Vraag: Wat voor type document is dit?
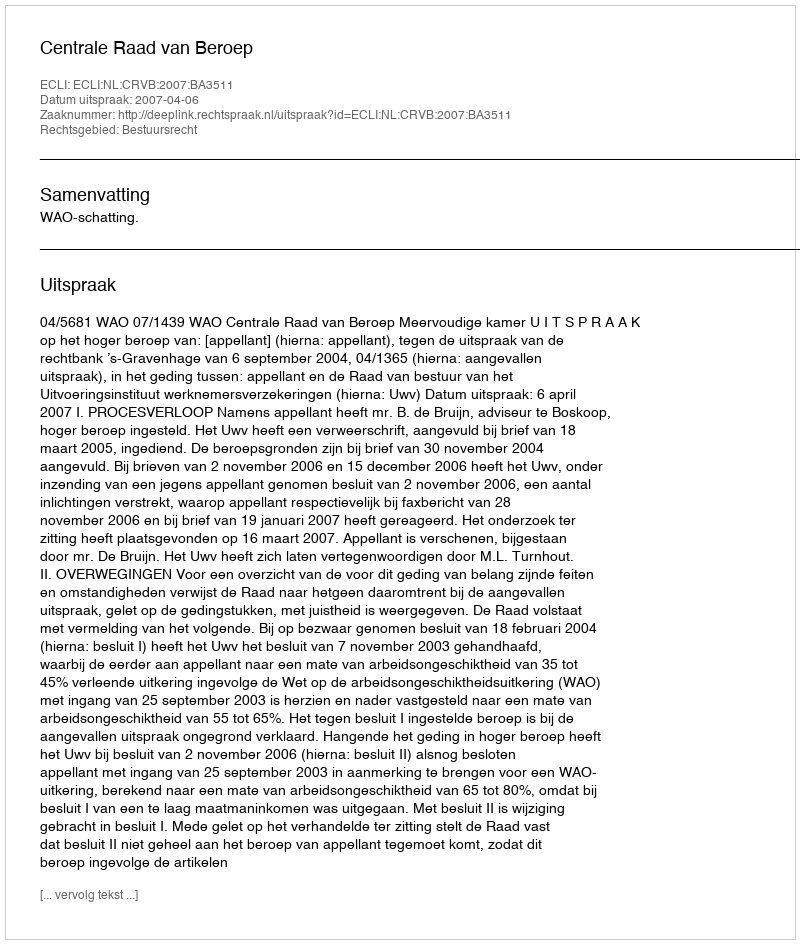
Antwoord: Uitspraak